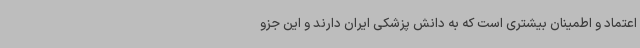
اعتماد و اطمینان بیشتری است که به دانش پزشکی ایران دارند و این جزو